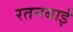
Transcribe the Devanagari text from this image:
रतनबाई